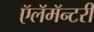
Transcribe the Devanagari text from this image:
ऍलॅमॅन्टरी